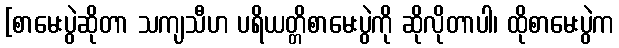
[စာမေးပွဲဆိုတာ သကျသီဟ ပရိယတ္တိစာမေးပွဲကို ဆိုလိုတာပါ၊ ထိုစာမေးပွဲက